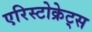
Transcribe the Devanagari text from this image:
एरिस्टोक्रेट्स